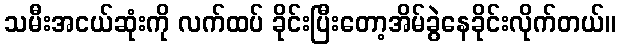
သမီးအငယ်ဆုံးကို လက်ထပ် ခိုင်းပြီးတော့အိမ်ခွဲနေခိုင်းလိုက်တယ်။